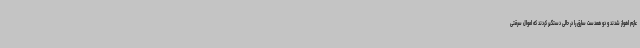
عازم اهواز شدند و دو همدست سارق را در حالی دستگیر کردند که اموال سرقتی